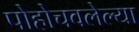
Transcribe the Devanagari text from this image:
पोहोचवलेल्या